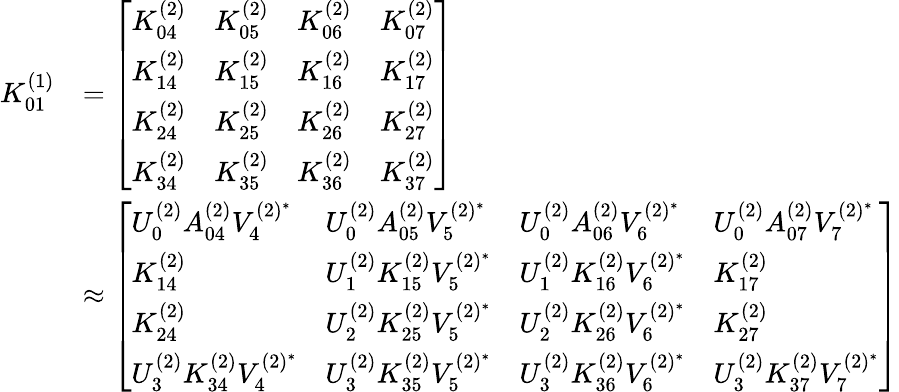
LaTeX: \begin{array}{rl}{K_{01}^{(1)}}&{=\left[\begin{array}{llll}{K_{04}^{(2)}}&{K_{05}^{(2)}}&{K_{06}^{(2)}}&{K_{07}^{(2)}}\\ {K_{14}^{(2)}}&{K_{15}^{(2)}}&{K_{16}^{(2)}}&{K_{17}^{(2)}}\\ {K_{24}^{(2)}}&{K_{25}^{(2)}}&{K_{26}^{(2)}}&{K_{27}^{(2)}}\\ {K_{34}^{(2)}}&{K_{35}^{(2)}}&{K_{36}^{(2)}}&{K_{37}^{(2)}}\end{array}\right]}\\ &{\approx\left[\begin{array}{llll}{U_{0}^{(2)}A_{04}^{(2)}V_{4}^{(2)^{*}}}&{U_{0}^{(2)}A_{05}^{(2)}V_{5}^{(2)^{*}}}&{U_{0}^{(2)}A_{06}^{(2)}V_{6}^{(2)^{*}}}&{U_{0}^{(2)}A_{07}^{(2)}V_{7}^{(2)^{*}}}\\ {K_{14}^{(2)}}&{U_{1}^{(2)}K_{15}^{(2)}V_{5}^{(2)^{*}}}&{U_{1}^{(2)}K_{16}^{(2)}V_{6}^{(2)^{*}}}&{K_{17}^{(2)}}\\ {K_{24}^{(2)}}&{U_{2}^{(2)}K_{25}^{(2)}V_{5}^{(2)^{*}}}&{U_{2}^{(2)}K_{26}^{(2)}V_{6}^{(2)^{*}}}&{K_{27}^{(2)}}\\ {U_{3}^{(2)}K_{34}^{(2)}V_{4}^{(2)^{*}}}&{U_{3}^{(2)}K_{35}^{(2)}V_{5}^{(2)^{*}}}&{U_{3}^{(2)}K_{36}^{(2)}V_{6}^{(2)^{*}}}&{U_{3}^{(2)}K_{37}^{(2)}V_{7}^{(2)^{*}}}\end{array}\right]}\end{array}